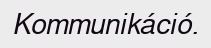
Kommunikáció.